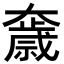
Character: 𡚓